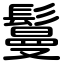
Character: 鬘